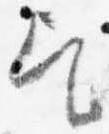
乞